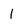
Character: 1